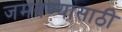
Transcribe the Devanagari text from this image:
जमवण्यासाठी